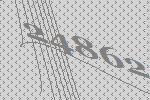
24862